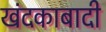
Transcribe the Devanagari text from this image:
खंदकाबादी